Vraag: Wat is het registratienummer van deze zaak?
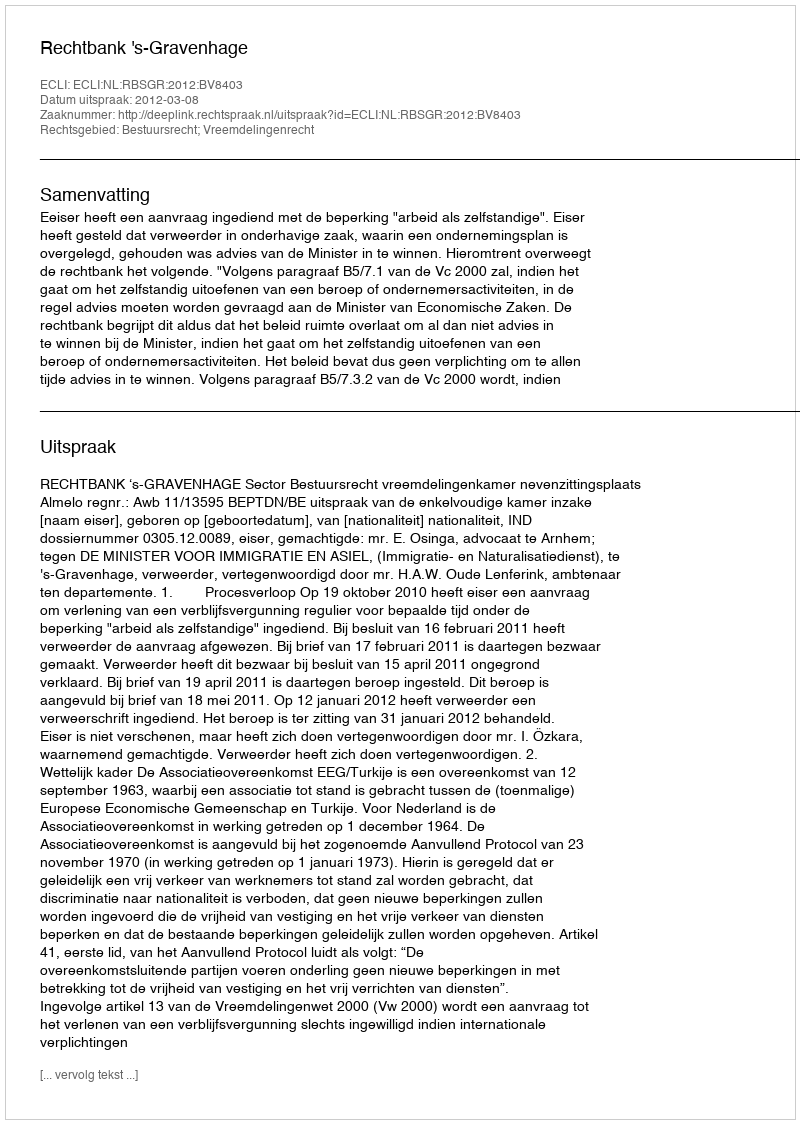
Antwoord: http://deeplink.rechtspraak.nl/uitspraak?id=ECLI:NL:RBSGR:2012:BV8403